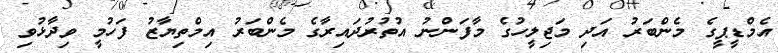
އެމްޑީޕީގެ މެންބަރު އަދި މަޖިލީހުގެ މާފަންނު އުތުރުދައިރާގެ މެންބަރު އިމްތިޔާޒު ފަހުމީ ވިދާޅުވި